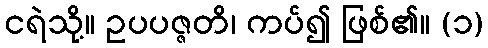
ငရဲသို့။ ဥပပဇ္ဇတိ၊ ကပ်၍ ဖြစ်၏။ (၁)